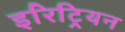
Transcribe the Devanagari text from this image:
इरिट्रियन